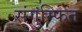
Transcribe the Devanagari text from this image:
संगुम्फित